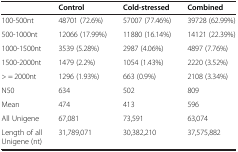
|  | Control | Cold-stressed | Combined |
 | --- | --- | --- | --- |
 | 100-500nt | 48701 (72.6%) | 57007 (77.46%) | 39728 (62.99%) |
 | 500-1000nt | 12066 (17.99%) | 11880 (16.14%) | 14121 (22.39%) |
 | 1000-1500nt | 3539 (5.28%) | 2987 (4.06%) | 4897 (7.76%) |
 | 1500-2000nt | 1479 (2.2%) | 1054 (1.43%) | 2220 (3.52%) |
 | > = 2000nt | 1296 (1.93%) | 663 (0.9%) | 2108 (3.34%) |
 | N50 | 634 | 502 | 809 |
 | Mean | 474 | 413 | 596 |
 | All Unigene | 67,081 | 73,591 | 63,074 |
 | Length of all Unigene (nt) | 31,789,071 | 30,382,210 | 37,575,882 |